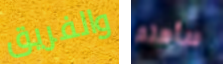
والفريق سأهتم